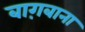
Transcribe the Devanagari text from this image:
बाग़बाना